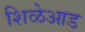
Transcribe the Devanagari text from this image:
शिळेआड